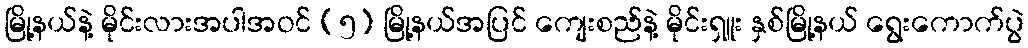
မြို့နယ်နဲ့ မိုင်းလားအပါအဝင် (၅) မြို့နယ်အပြင် ကျေးစည်နဲ့ မိုင်းရှူး နှစ်မြို့နယ် ရွေးကောက်ပွဲ